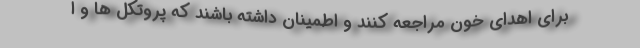
برای اهدای خون مراجعه کنند و اطمینان داشته باشند که پروتکل ها و ا